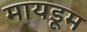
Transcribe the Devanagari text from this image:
मायडूम